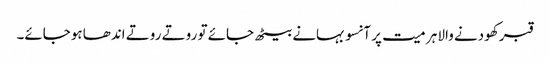
قبر کھودنے والا ہر میت پر آنسو بہانے بیٹھ جائے تو روتے روتے اندھا ہوجائے۔